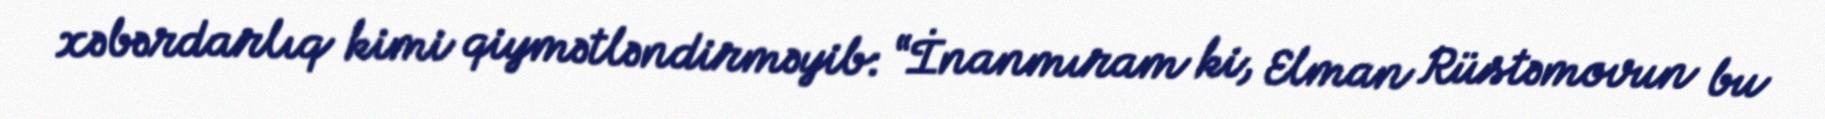
xəbərdarlıq kimi qiymətləndirməyib: “İnanmıram ki, Elman Rüstəmovun bu